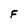
Character: F